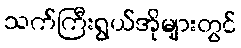
သက်ကြီးရွယ်အိုများတွင်